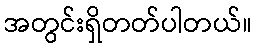
အတွင်းရှိတတ်ပါတယ်။